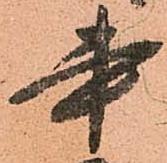
書